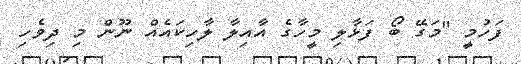
ފަހުމީ "މަގޭ ބޯ ފަޅާލި މީހާގެ އާއިލާ ލާހިކައެއް ނޫން މި ދިވެހި